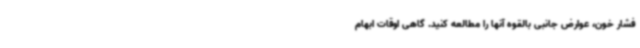
فشار خون، عوارض جانبی بالقوه آنها را مطالعه کنید. گاهی اوقات ابهام